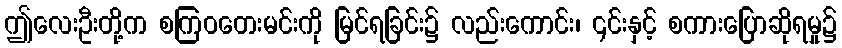
ဤလေးဦးတို့က စကြဝတေးမင်းကို မြင်ရခြင်း၌ လည်းကောင်း၊ ၎င်းနှင့် စကားပြောဆိုရမှု၌